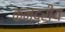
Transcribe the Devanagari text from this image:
कन्द्रीय